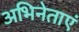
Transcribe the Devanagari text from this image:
अभिनेताएं